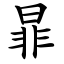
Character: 暃